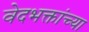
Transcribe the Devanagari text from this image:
वेदभक्तांच्या